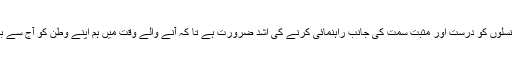
واقعی ہمیں اپنی آنے والی نسلوں کو درست اور مثبت سمت کی جانب راہنمائی کرنے کی اشد ضرورت ہے تا کہ آنے والے وقت میں ہم اپنے وطن کو آج سے بہتر ماحول فراہم کر سکیں۔